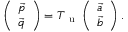
\begin{array} { r } { \left( \begin{array} { l } { \vec { p } } \\ { \vec { q } } \end{array} \right) = T _ { \mathrm { ~ u ~ } } \left( \begin{array} { l } { \vec { a } } \\ { \vec { b } } \end{array} \right) . } \end{array}